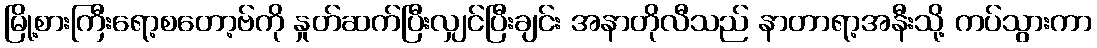
မြို့စားကြီးရော့စတော့ဗ်ကို နှုတ်ဆက်ပြီးလျှင်ပြီးချင်း အနာတိုလီသည် နာတာရာ့အနီးသို့ ကပ်သွားကာ